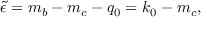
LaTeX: \tilde { \epsilon } = m _ { b } - m _ { c } - q _ { 0 } = k _ { 0 } - m _ { c } ,